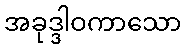
အခုဒ္ဒါဝကာသော